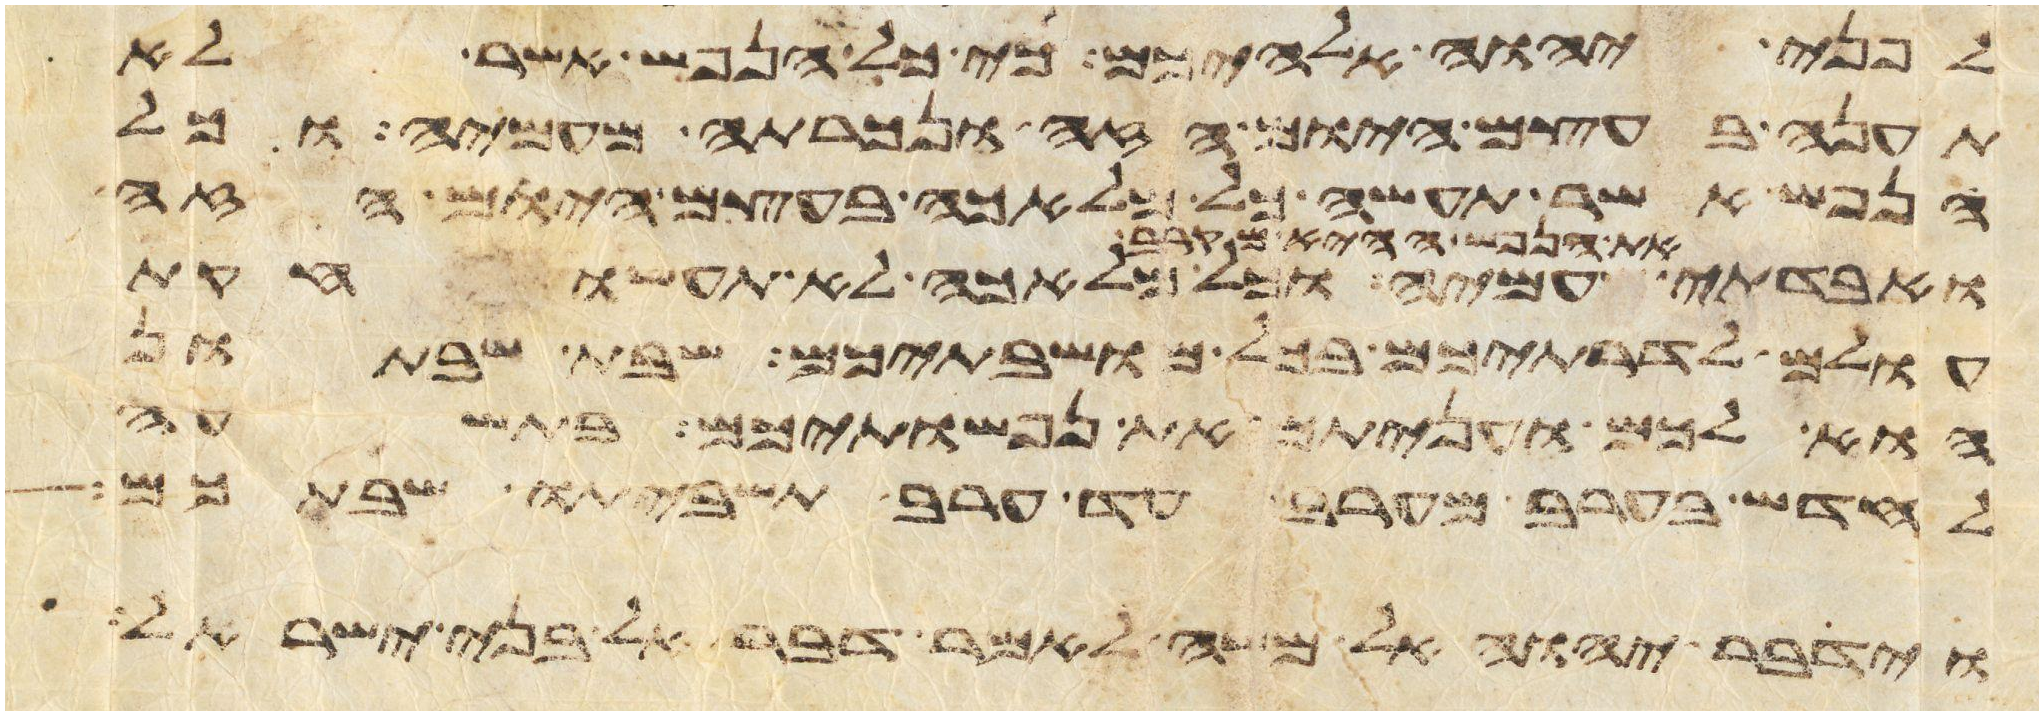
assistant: לפני יהוה אלהיכם כי כל הנפש אשר לא
תענה בעצם היום הזה ונכרתה מעמיה וכל
הנפש אשר תעשה כל מלאכה בעצם היום הזה
את הנפש ההיא מקרב
עמיה וכל מלאכה לא תעשו חקות
עולם לדרתיכם בכל מושבתיכם שבת שבתון
הוא לכם ועניתם את נפשתיכם בתשעה
לחדש בערב מערב עד ערב תשביתו שבתכם
וידבר יהוה אל משה לאמר דבר אל בני ישראל